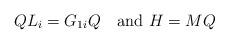
LaTeX: \begin{align*} QL_i=G_{1i}Q \ \ \mbox{ and } H=MQ\end{align*}